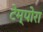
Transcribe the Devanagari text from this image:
टेम्पोरा